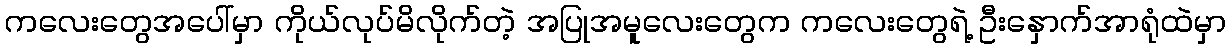
ကလေးတွေအပေါ်မှာ ကိုယ်လုပ်မိလိုက်တဲ့ အပြုအမူလေးတွေက ကလေးတွေရဲ့ ဦးနှောက်အာရုံထဲမှာ